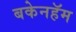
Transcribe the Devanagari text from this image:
बकेनहॅम